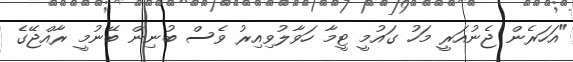
"އަަހަރެން ޖެނުއަރީ މަހު ގައުމީ ޓީމާ ހަވާލުވިއިރު ވެސް ބުނިން ބޭނުމީ ރާއްޖޭގެ